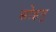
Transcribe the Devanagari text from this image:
सोहन्